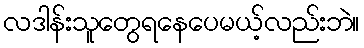
လဒါန်းသူတွေရနေပေမယ့်လည်းဘဲ။